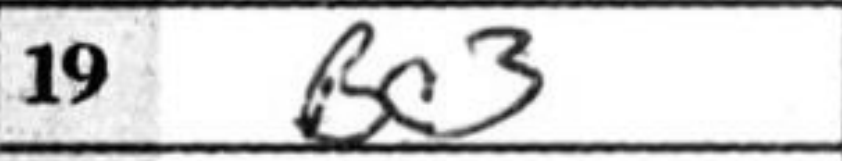
Transcription: Bc3